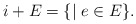
\begin{align*} i+E=\{\mid e\in E\}.\end{align*}